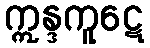
ဣန္ဒကူဋေ